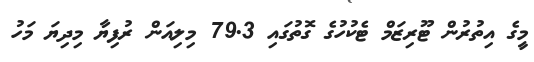
މީގެ އިތުރުން ޓޫރިޒަމް ޓެކުހުގެ ގޮތުގައި 79.3 މިލިއަން ރުފިޔާ މިދިޔަ މަހު